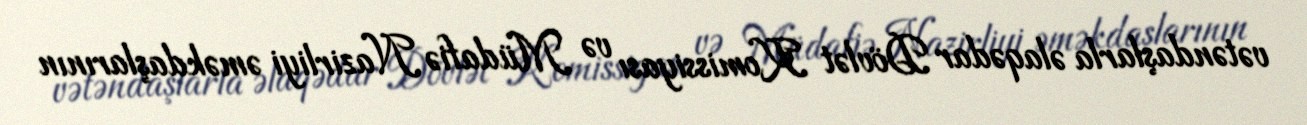
vətəndaşlarla əlaqədar Dövlət Komissiyası və Müdafiə Nazirliyi əməkdaşlarının